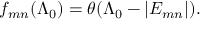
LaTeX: f _ { m n } ( \Lambda _ { 0 } ) = \theta ( \Lambda _ { 0 } - | E _ { m n } | ) .